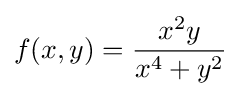
f(x,y)={\frac {x^{2}y}{x^{4}+y^{2}}}